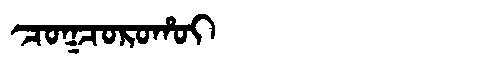
Manchu: ᠴᠣᡴᠴᠣᡵᠣᡥᠣᡳ
Romanization: COKCOROHOI